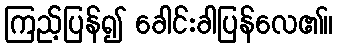
ကြည့်ပြန်၍ ခေါင်းခါပြန်လေ၏။